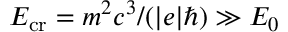
E _ { \mathrm { c r } } = m ^ { 2 } c ^ { 3 } / ( | e | \hbar ) \gg E _ { 0 }